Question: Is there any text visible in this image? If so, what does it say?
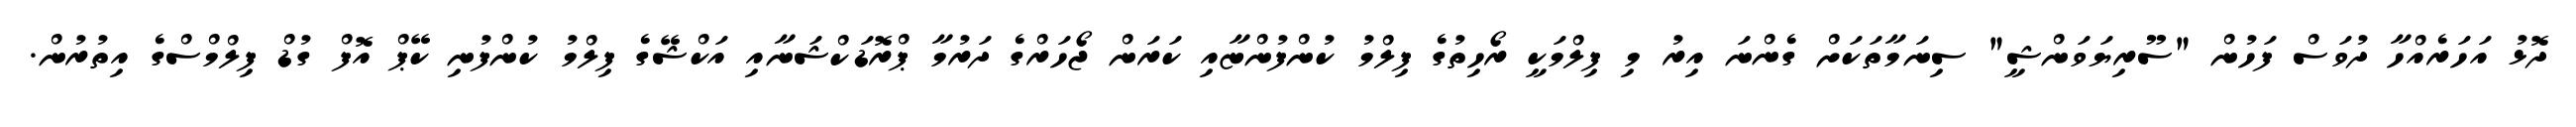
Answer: ދޮޅު އަހަރެއްހާ ދުވަސް ފަހުން "ސޫރިޔަވަންޝީ" ސިނަމާތަކަށް ގެންނަ އިރު މި ފިލްމަކީ ރޯހިތުގެ ފިލްމު ކުންފުންޏާއި ކަރަން ޖޯހަރްގެ ދަރުމާ ޕްރޮޑަކްޝަނާއި އަކްޝޭގެ ފިލްމު ކުންފުނި ކޭޕް އޮފް ގުޑް ފިލްމްސްގެ އިތުރުން.